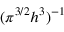
( { \pi ^ { 3 / 2 } } { h ^ { 3 } } ) ^ { - 1 }